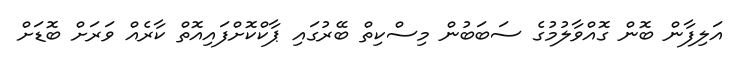
އަލިފާން ބޮން ގޮއްވާލުމުގެ ސަބަބުން މިސްކިތް ބޭރުގައި ޕާކްކޮށްފައިއޮތް ކާރެއް ވަރަށް ބޮޑަށް